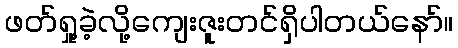
ဖတ်ရှု့ခဲ့လို့ကျေးဇူးတင်ရှိပါတယ်နော်။